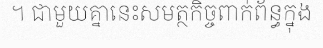
។ ជាមួយគ្នានេះសមត្ថកិច្ចពាក់ព័ន្ធក្នុង